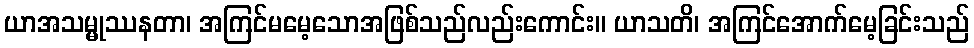
ယာအသမ္မုဿနတာ၊ အကြင်မမေ့သောအဖြစ်သည်လည်းကောင်း။ ယာသတိ၊ အကြင်အောက်မေ့ခြင်းသည်